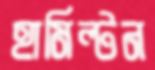
হামিল্টন